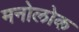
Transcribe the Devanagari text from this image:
मनोलोक